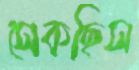
সেকছিস